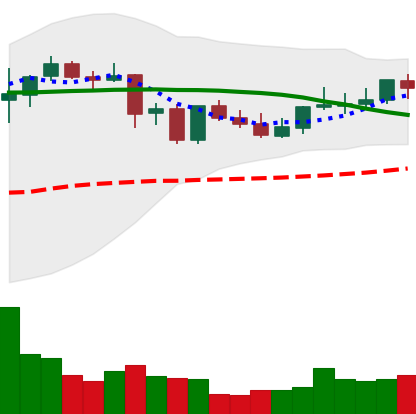
Ticker: DOGE-USD
Chart end date: 2021-09-06
Forward return: -21.807%
Label: down_7plus